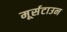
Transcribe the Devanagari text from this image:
मूर्सटाउन